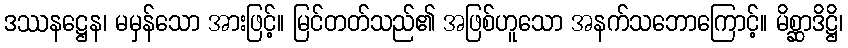
ဒဿနဋ္ဌေန၊ မမှန်သော အားဖြင့်။ မြင်တတ်သည်၏ အဖြစ်ဟူသော အနက်သဘောကြောင့်။ မိစ္ဆာဒိဋ္ဌိ၊